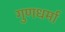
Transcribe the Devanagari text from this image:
गुणधर्मा